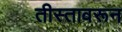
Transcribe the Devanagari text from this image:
तीस्तावरून